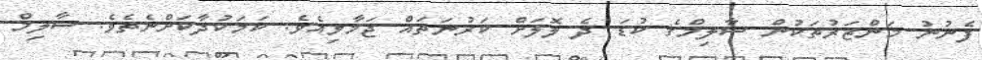
ފެނުނު މަންޒަރުތަކުން ސާލިމްގެ ކުޑަ ދެ ލޮލަށް ކަރުނަތައް ޖަމާވިއެވެ. ކަމަކުދާކަށްނެތެވެ. ސާލިމް